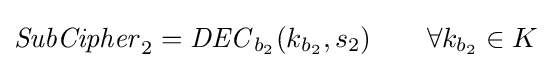
{\mathit {SubCipher}}_{2}={\mathit {DEC}}_{b_{2}}(k_{b_{2}},s_{2})\qquad \forall k_{b_{2}}\in K